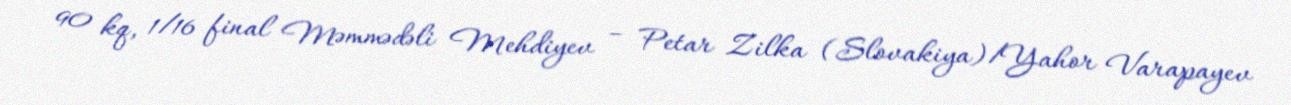
90 kq, 1/16 final Məmmədəli Mehdiyev – Petar Zilka (Slovakiya)/Yahor Varapayev